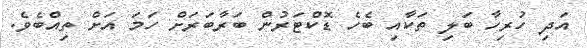
އަދި ހުރިހާ ބަލި ތަކާއި ބެހެ ޑޮކްޓަރުން ބަރާބަރަށް ހަމަ އަށް ތިއްބެވެ.